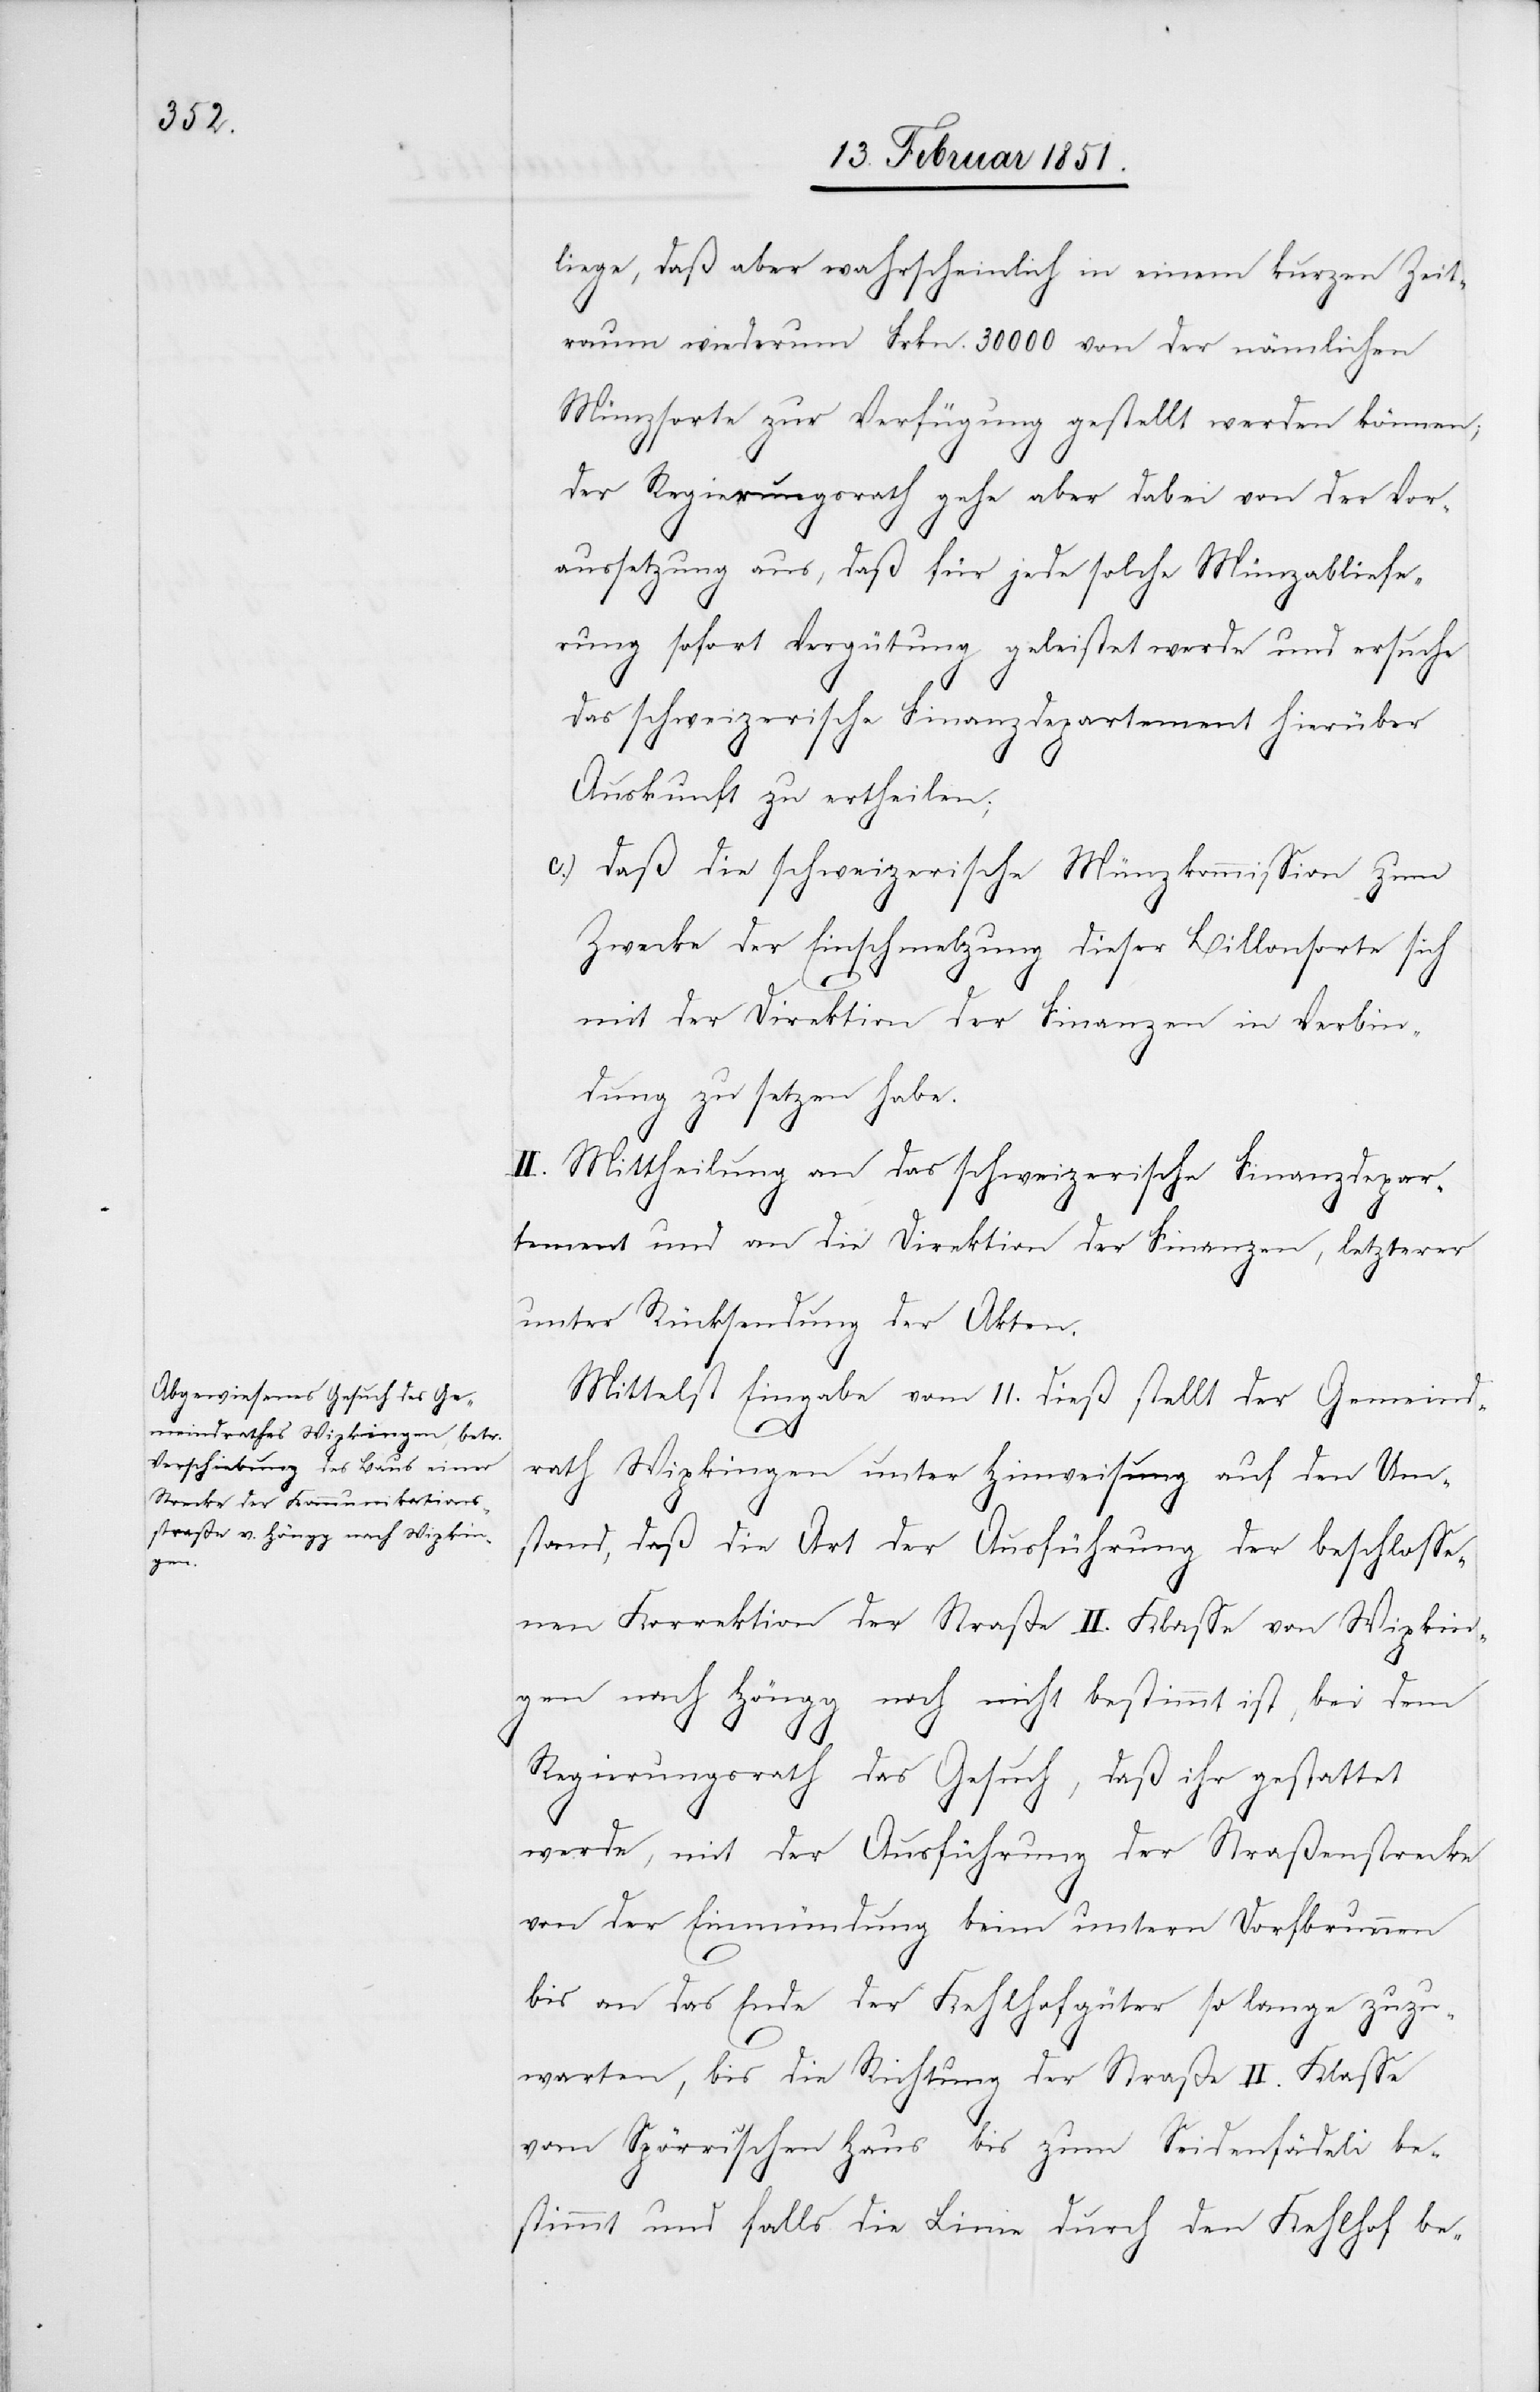
liege, daß aber wahrscheinlich in einem kurzen Zeit¬
raum wiederum Frkn. 30000 von der nämlichen
Münzsorte zur Verfügung gestellt werden können;
der Regierungsrath gehe aber dabei von der Vor¬
aussetzung aus, daß für jede solche Münzabliefe¬
rung sofort Vergütung geleistet werde und ersuche
das schweizerische Finanzdepartement hierüber
Auskunft zu ertheilen;
daß die schweizerische Münzkommission zum
Zwecke der Einschmelzung dieser Billonsorte sich
mit der Direktion der Finanzen in Verbin¬
dung zu setzen habe.
II. Mittheilung an das schweizerische Finanzdepar¬
tement und an die Direktion der Finanzen, letzterer
unter Rücksendung der Akten.
Mittelst Eingabe vom 11. dieß stellt der Gemeind¬
rath Wipkingen unter Hinweisung auf den Um¬
stand, daß die Art der Ausführung der beschlosse¬
nen Korrektion der Straße II. Klasse von Wipkin¬
gen nach Höngg noch nicht bestimmt ist, bei dem
Regierungsrath das Gesuch, daß ihr gestattet
werde, mit der Ausführung der Straßenstrecke
von der Einmündung beim untern Dorfbrunnen
bis an das Ende der Kehlhofgüter so lange zuzu¬
warten, bis die Richtung der Straße II. Klasse
vom Spörri’schen Haus bis zum Seidenfädeli be¬
stimmt und falls die Linie durch den Kehlhof be-